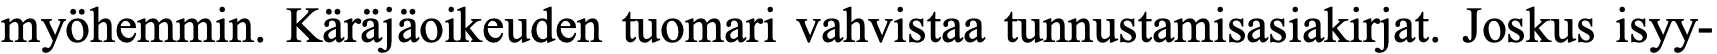
myöhemmin. Käräjäoikeuden tuomari vahvistaa tunnustamisasiakirjat. Joskus isyy-